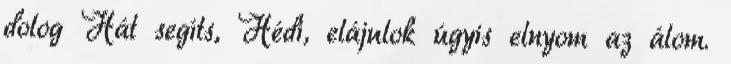
dolog Hát segíts, Hédi, elájulok úgyis elnyom az álom.